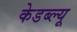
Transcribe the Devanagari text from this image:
केडब्ल्यू